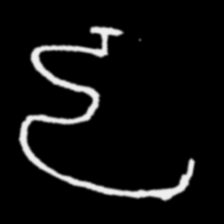
Pyu character \u2014 Myanmar letter: ဠ (romanized: lla)